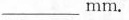
___ m m$$.